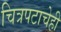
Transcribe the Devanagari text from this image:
चित्रपटाचेही